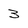
Character: 3